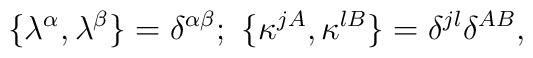
\{ \lambda ^\alpha ,\lambda ^\beta \} = \delta ^{\alpha\beta };\ \{ \kappa ^{jA} ,\kappa ^{lB} \} = \delta ^{jl} \delta ^{AB},